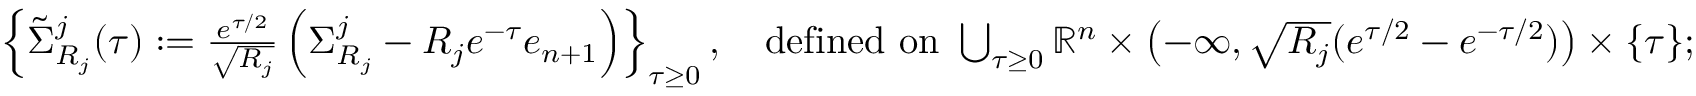
\begin{array} { r } { \left\{ \tilde { \Sigma } _ { R _ { j } } ^ { j } ( \tau ) : = \frac { e ^ { \tau / 2 } } { \sqrt { R _ { j } } } \left( \Sigma _ { R _ { j } } ^ { j } - R _ { j } e ^ { - \tau } e _ { n + 1 } \right) \right\} _ { \tau \geq 0 } , \ \ \mathrm { ~ d e f i n e d ~ o n ~ } \bigcup _ { \tau \geq 0 } \mathbb { R } ^ { n } \times \left( - \infty , \sqrt { R _ { j } } ( e ^ { \tau / 2 } - e ^ { - \tau / 2 } ) \right) \times \{ \tau \} ; } \end{array}